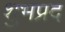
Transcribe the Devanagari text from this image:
शुभप्रद